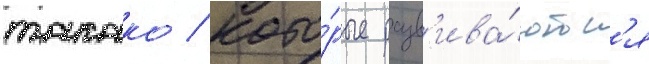
такако / кото́рые разв'ива́ютс'я